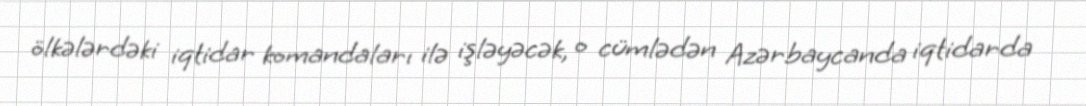
ölkələrdəki iqtidar komandaları ilə işləyəcək, o cümlədən Azərbaycanda iqtidarda